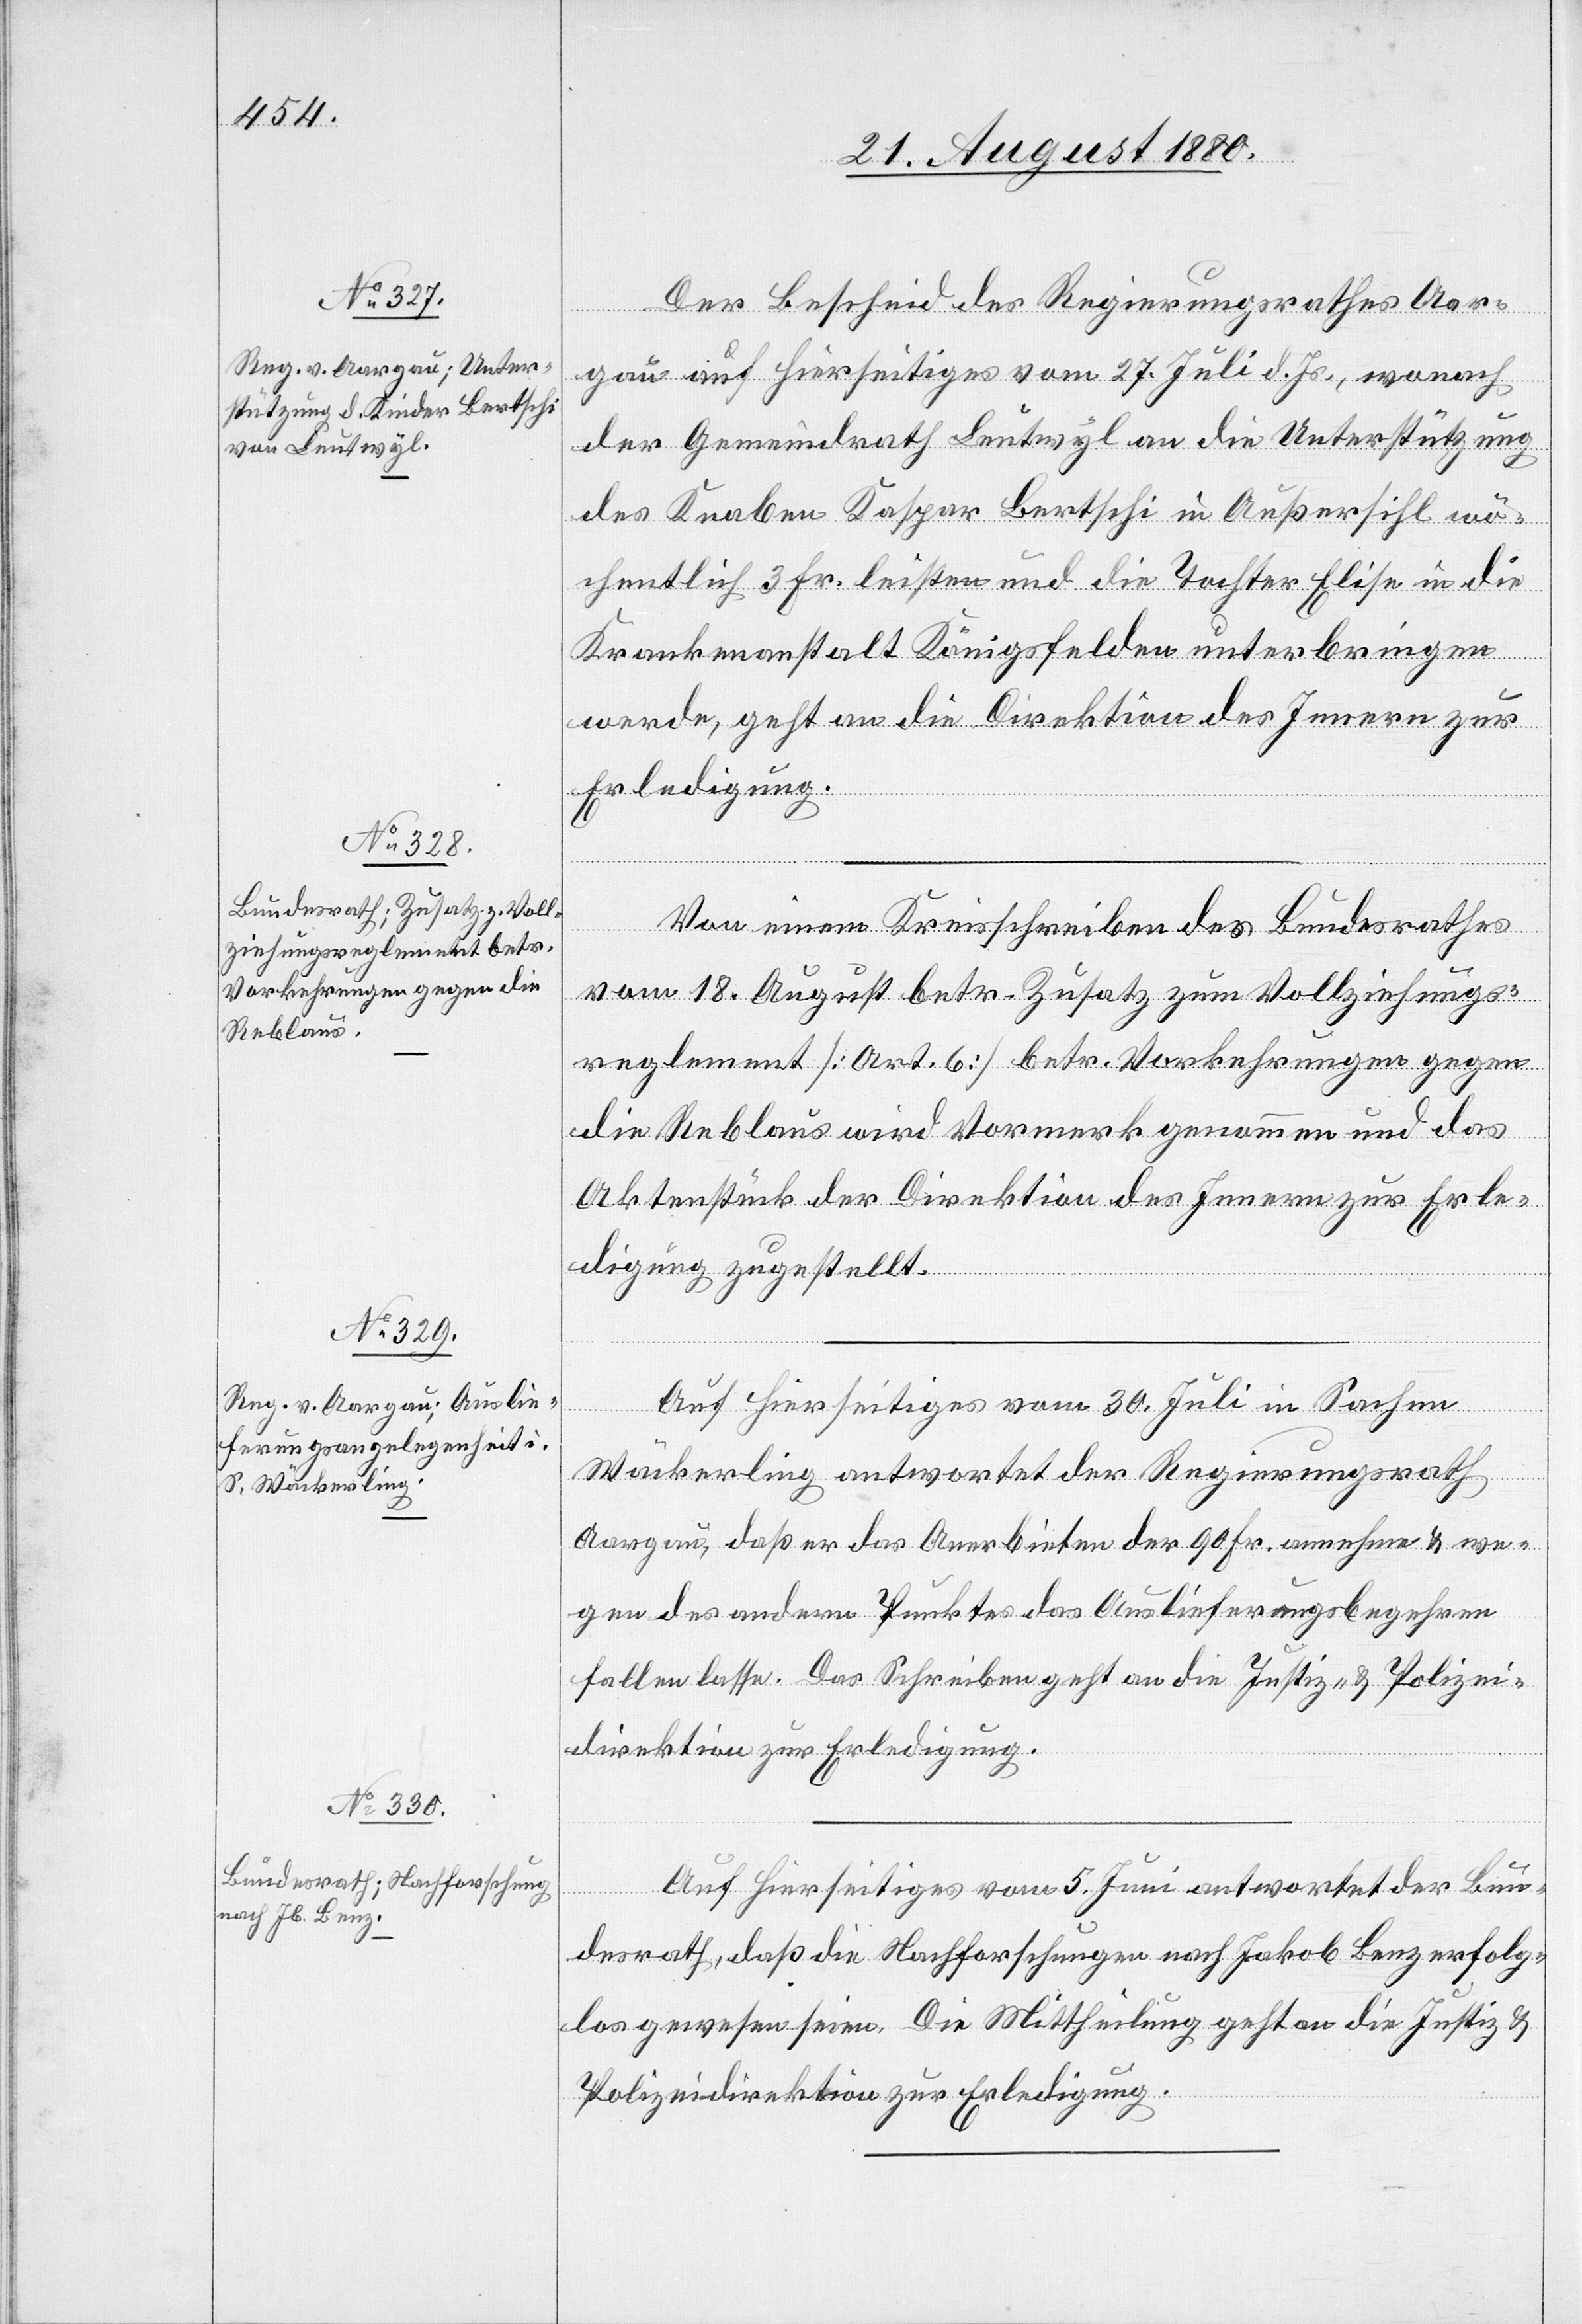
21. August 1880.]
Der Bescheid des Regierungsrathes Aar¬
gau auf hierseitiges vom 27. Juli d. Js., wonach
der Gemeindrath Leutwyl an die Unterstützung
des Knaben Kaspar Bertschi in Außersihl wö¬
chentlich 3 Fr. leisten und die Tochter Elise in die
Krankenanstalt Königsfelden unterbringen
werde, geht an die Direktion des Innern zur
Erledigung.
Von einem Kreisschreiben des Bundesrathes
vom 18. August betr. Zusatz zum Vollziehungs¬
reglement [Art. 6] betr. Vorkehrungen gegen
die Reblaus wird Vormerk genommen und das
Aktenstück der Direktion des Innern zur Erle¬
digung zugestellt.
Auf hierseitiges vom 30. Juli in Sachen
Wäckerling antwortet der Regierungsrath
Aargau, daß er das Anerbieten der 90 Fr. annehme & we¬
gen des andern Punktes das Auslieferungsbegehren
fallen lasse. Das Schreiben geht an die Justiz- & Polizei¬
direktion zur Erledigung.
Auf hierseitiges vom 5. Juni antwortet der Bun¬
desrath, daß die Nachforschungen nach Jakob Lenz erfolg¬
los gewesen seien. Die Mittheilung geht an die Justiz- &
Polizeidirektion zur Erledigung.